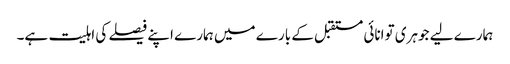
ہمارے لیے جوہری توانائی مستقبل کے بارے میں ہمارے اپنے فیصلے کی اہلیت ہے۔